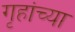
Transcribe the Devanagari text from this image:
गृहांच्या